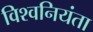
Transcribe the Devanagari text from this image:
विश्वनियंता